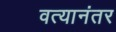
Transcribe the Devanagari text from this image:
वत्यानंतर